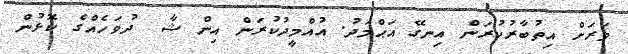
ވަރަށް އިތުބާރުކުރަން އިނގޭ އަޙްމަދު. އުއްމީދުކުރަން އިން ޝާ  ދުވަހެއްގެ ކޮޅުން